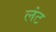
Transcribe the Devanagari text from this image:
लंट